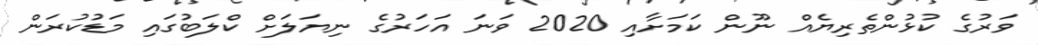
ވަރުގެ ކުޅުންތެރިޔެއް ނޫން ކަމަށާއި 2020 ވަނަ އަހަރުގެ ނިޔަލަށް ކްލަބުގައި މަޑުކުރަން